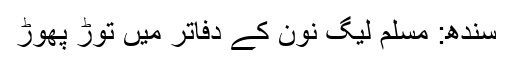
سندھ: مسلم لیگ نون کے دفاتر میں توڑ پھوڑ